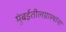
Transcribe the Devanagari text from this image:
मुंबईतीलग्रास्‍थांना